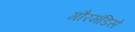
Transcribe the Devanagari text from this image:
गौरमंडिसे